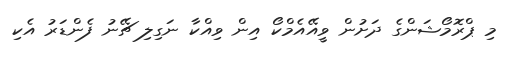
މި ޕްރޮމޯޝަންގެ ދަށުން ވީއޭއެމްކޯ އިން ވިއްކާ ނަގިލި ޗޭނު ފެންޑަރު އެކި